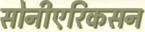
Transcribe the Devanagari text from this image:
सोनीएरिकसन